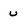
Character: u